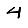
Digit: 4